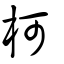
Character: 柯